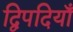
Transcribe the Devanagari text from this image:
द्विपदियाँ